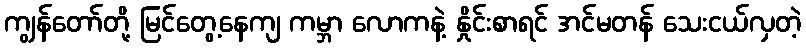
ကျွန်တော်တို့ မြင်တွေ့နေကျ ကမ္ဘာ လောကနဲ့ နှိုင်းစာရင် အင်မတန် သေးငယ်လှတဲ့